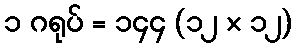
၁ ဂရုပ် = ၁၄၄ (၁၂ × ၁၂)